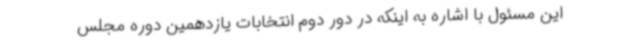
این مسئول با اشاره به اینکه در دور دوم انتخابات یازدهمین دوره مجلس